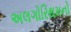
અલગોરિથમનો